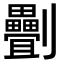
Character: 𠠯